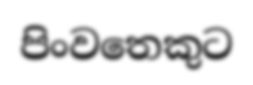
පිංවතෙකුට